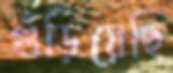
গুঁড়িয়েছি